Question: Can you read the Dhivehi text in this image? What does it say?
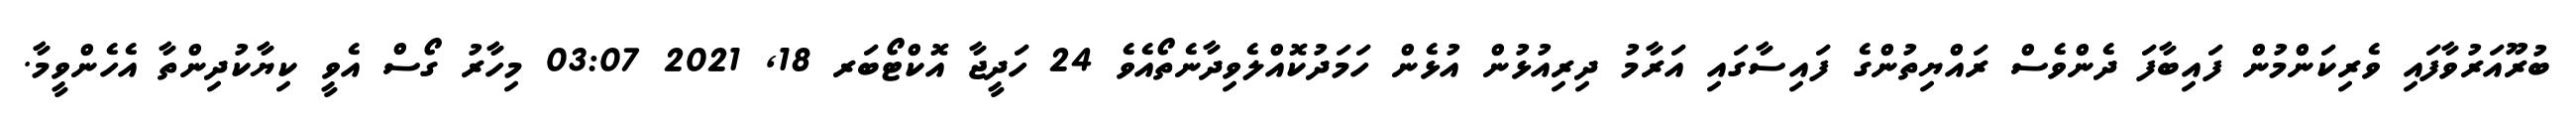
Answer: ބުރޫއަރުވާފައި ވެރިކަންމުން ފައިބާފަ ދެންވެސް ރައްޔިތުންގެ ފައިސާގައި އަރާމު ދިރިއުޅުން އުޅެން ހަމަދުކޮއްލެވިދާނެތޯއެވެ 24 ހަދީޖާ އޮކްޓޯބަރ 18, 2021 03:07 މިހާރު ގޯސް އެވީ ކިޔާކުދިންތާ އެހެންވީމާ.